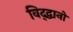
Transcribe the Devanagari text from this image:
विद्द्वानों